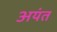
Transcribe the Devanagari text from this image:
अयंत